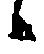
候